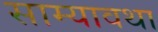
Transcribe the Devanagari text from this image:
साम्यावथा